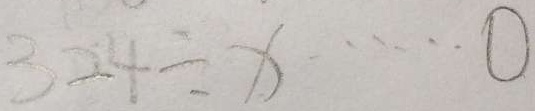
3 2 4 \div x \cdots 0